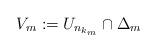
LaTeX: \begin{align*}V_m:=U_{n_{k_m}}\cap \Delta_m\end{align*}